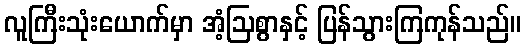
လူကြီးသုံးယောက်မှာ အံ့ဩစွာနှင့် ပြန်သွားကြကုန်သည်။